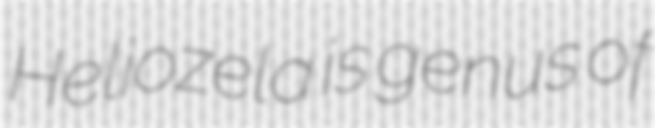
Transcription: Heliozela is genus of